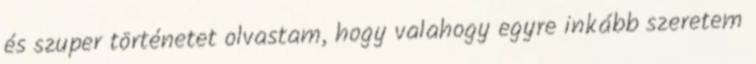
és szuper történetet olvastam, hogy valahogy egyre inkább szeretem